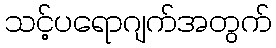
သင့်ပရောဂျက်အတွက်